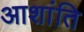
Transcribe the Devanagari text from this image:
आशांति